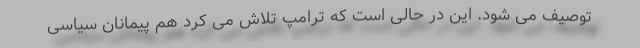
توصیف می شود. این در حالی است که ترامپ تلاش می کرد هم پیمانان سیاسی